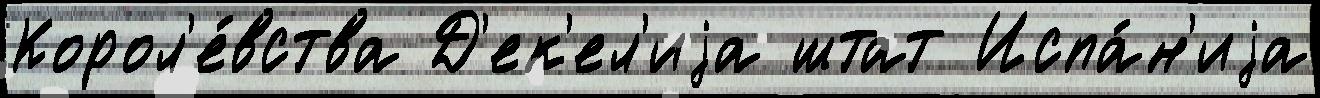
Корол'е́вства Д'ек'ел'иjа штат Испа́н'иjа